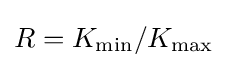
R=K_{\text{min}}/K_{\text{max}}